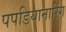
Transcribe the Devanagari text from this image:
पपडियानारिंग